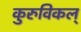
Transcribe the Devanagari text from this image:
कुरुविकल्